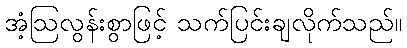
အံ့ဩလွန်းစွာဖြင့် သက်ပြင်းချလိုက်သည်။